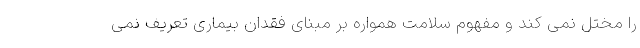
را مختل نمی کند و مفهوم سلامت همواره بر مبنای فقدان بیماری تعریف نمی